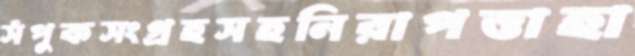
সঁপুকসংগ্রহসহনিরাপত্তাহা